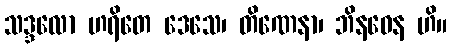
သဒ္ဒလော ဟရိတေ ဒေသေ၊ တိဏေနာ၊ ဘိနဝေန ဟိ။